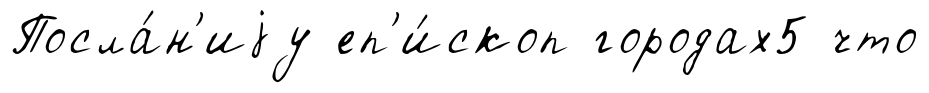
Посла́н'иjу еп'и́скоп городах5 что